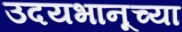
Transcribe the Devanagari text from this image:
उदयभानूच्या